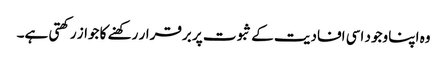
وہ اپنا وجود اسی افادیت کے ثبوت پر برقرار رکھنے کا جواز رکھتی ہے۔